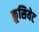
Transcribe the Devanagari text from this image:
क्रूसियेट